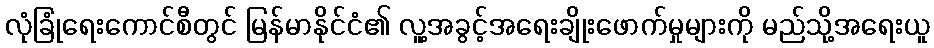
လုံခြုံရေးကောင်စီတွင် မြန်မာနိုင်ငံ၏ လူ့အခွင့်အရေးချိုးဖောက်မှုများကို မည်သို့အရေးယူ